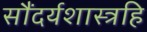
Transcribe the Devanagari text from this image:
सौंदर्यशास्त्रहि